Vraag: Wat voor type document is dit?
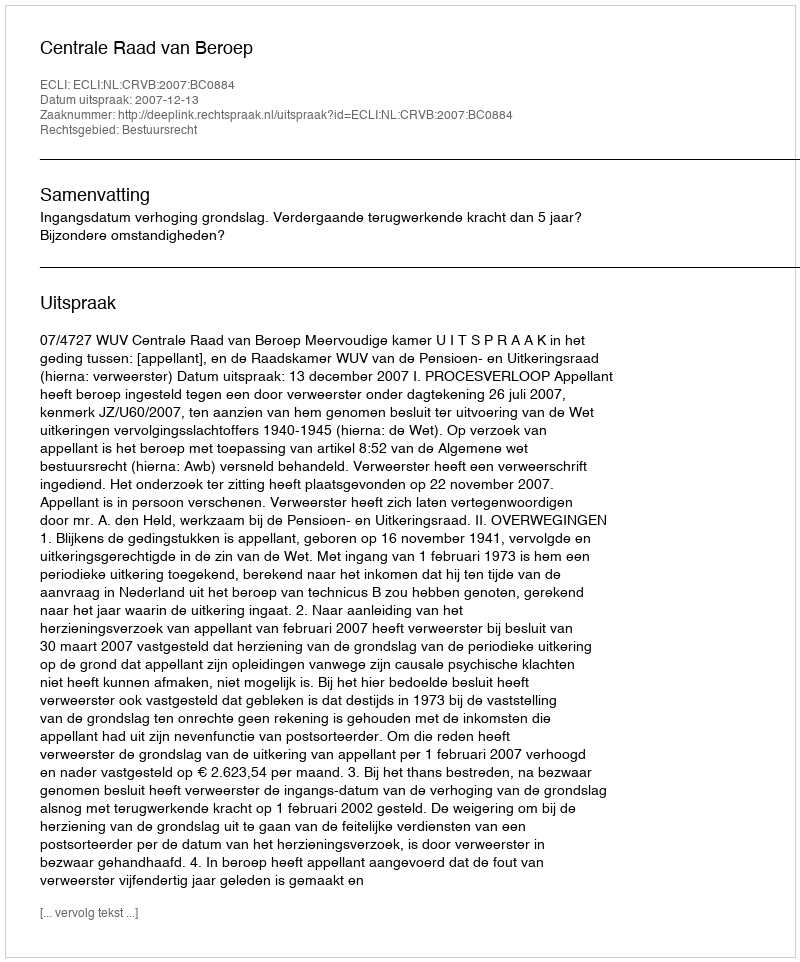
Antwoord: Uitspraak